Indian journal of veterinary science and animal husbandry - Volume 1,
Year: 1931
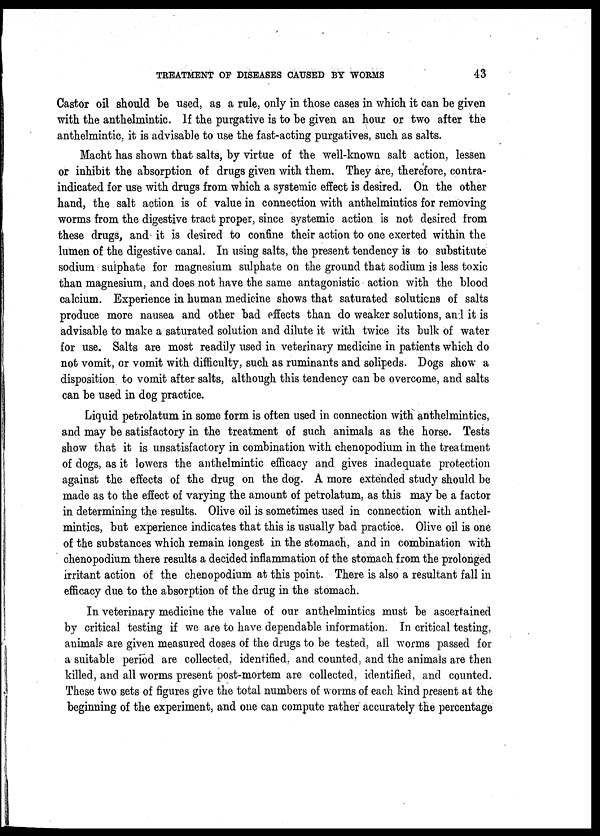
TREATMENT OF DISEASES CAUSED BY WORMS 43
Castor oil should be used, as a rule, only in those cases in which it can be given
with the anthelmintic. If the purgative is to be given an hour or two after the
anthelmintic, it is advisable to use the fast-acting purgatives, such as salts.
Macht has shown that salts, by virtue of the well-known salt action, lessen
or inhibit the absorption of drugs given with them. They are, therefore, contra-
indicated for use with drugs from which a systemic effect is desired. On the other
hand, the salt action is of value in connection with anthelmintics for removing
worms from the digestive tract proper, since systemic action is not desired from
these drugs, and it is desired to confine their action to one exerted within the
lumen of the digestive canal. In using salts, the present tendency is to substitute
sodium sulphate for magnesium sulphate on the ground that sodium is less toxic
than magnesium, and does not have the same antagonistic action with the blood
calcium. Experience in human medicine shows that saturated solutions of salts
produce more nausea and other bad effects than do weaker solutions, and it is
advisable to make a saturated solution and dilute it with twice its bulk of water
for use. Salts are most readily used in veterinary medicine in patients which do
not vomit, or vomit with difficulty, such as ruminants and solipeds. Dogs show a
disposition to vomit after salts, although this tendency can be overcome, and salts
can be used in dog practice.
Liquid petrolatum in some form is often used in connection with anthelmintics,
and may be satisfactory in the treatment of such animals as the horse. Tests
show that it is unsatisfactory in combination with chenopodium in the treatment
of dogs, as it lowers the anthelmintic efficacy and gives inadequate protection
against the effects of the drug on the dog. A more extended study should be
made as to the effect of varying the amount of petrolatum, as this may be a factor
in determining the results. Olive oil is sometimes used in connection with anthel-
mintics, but experience indicates that this is usually bad practice. Olive oil is one
of the substances which remain longest in the stomach, and in combination with
chenopodium there results a decided inflammation of the stomach from the prolonged
irritant action of the chenopodium at this point. There is also a resultant fall in
efficacy due to the absorption of the drug in the stomach.
In veterinary medicine the value of our anthelmintics must be ascertained
by critical testing if we are to have dependable information. In critical testing,
animals are given measured doses of the drugs to be tested, all worms passed for
a suitable period are collected, identified, and counted, and the animals are then
killed, and all worms present post-mortem are collected, identified, and counted.
These two sets of figures give the total numbers of worms of each kind present at the
beginning of the experiment, and one can compute rather accurately the percentage